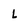
Character: L